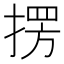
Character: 𭡥